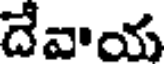
దేవాయ